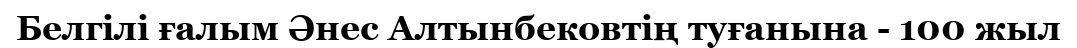
Белгілі ғалым Әнес Алтынбековтің туғанына - 100 жыл